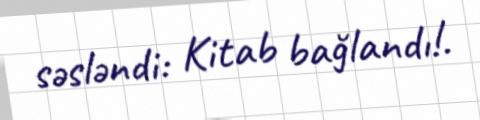
səsləndi: Kitab bağlandı!.